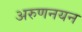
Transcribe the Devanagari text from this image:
अरुणनयन